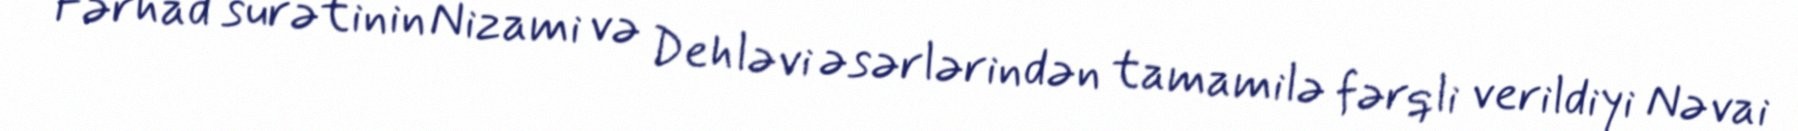
Fərhad surətinin Nizami və Dehləvi əsərlərindən tamamilə fərqli verildiyi Nəvai